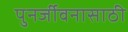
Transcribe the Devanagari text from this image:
पुनर्जीवनासाठी